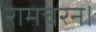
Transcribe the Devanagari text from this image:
रामचरन।